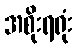
အစိုးရရုံး